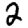
Digit: 2